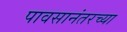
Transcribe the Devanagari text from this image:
पावसानंतरच्या